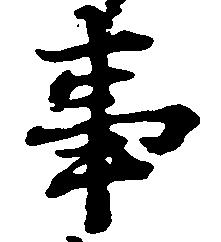
事